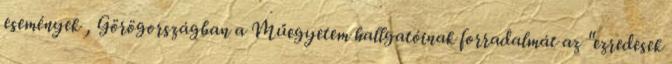
események , Görögországban a Műegyetem hallgatóinak forradalmát az "ezredesek